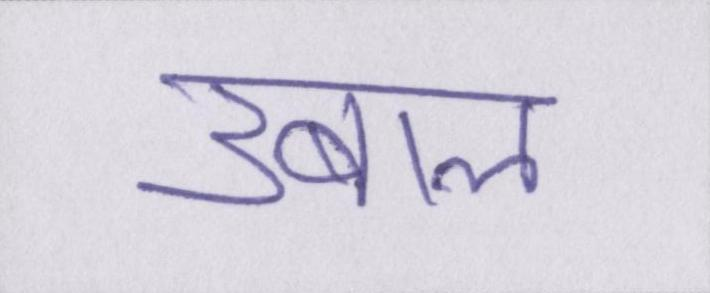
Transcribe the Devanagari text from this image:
उबाल